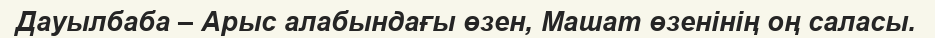
Дауылбаба – Арыс алабындағы өзен, Машат өзенінің оң саласы.